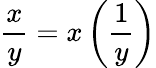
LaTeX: {\frac{x}{y}}=x\left({\frac{1}{y}}\right)